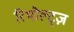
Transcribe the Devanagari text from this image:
रिथोल्ट्ज़